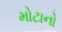
મોટાનો